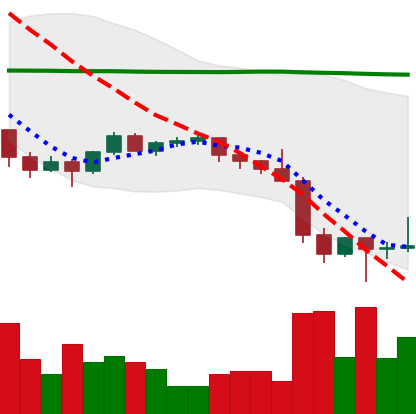
Ticker: ETH-USD
Chart end date: 2022-01-26
Forward return: 8.924%
Label: up_7plus